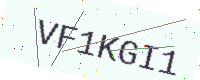
Text: VF1KGI1